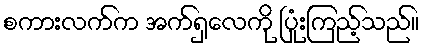
စကားလက်က အက်ရှလေကို ပြုံးကြည့်သည်။